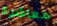
معاشرة